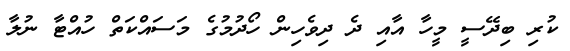
ކުރި ބިދޭސީ މީހާ އާއި ދެ ދިވެހިން ހޯދުމުގެ މަސައްކަތް ހުއްޓާ ނުލާ